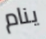
ينام